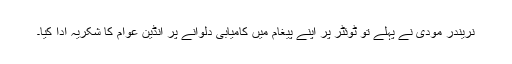
نریندر مودی نے پہلے تو ٹوئٹر پر اپنے پیغام میں کامیابی دلوانے پر انڈین عوام کا شکریہ ادا کیا۔